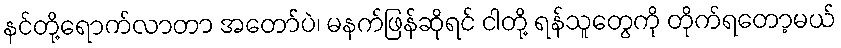
နင်တို့ရောက်လာတာ အတော်ပဲ၊ မနက်ဖြန်ဆိုရင် ငါတို့ ရန်သူတွေကို တိုက်ရတော့မယ်